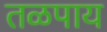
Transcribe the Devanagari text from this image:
तळपाय